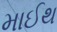
માઈથ